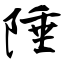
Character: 陲